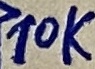
Text: 10k